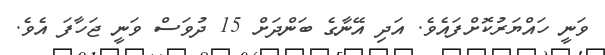
ވަނީ ހައްޔަރުކޮށްފައެވެ. އަދި އޭނާގެ ބަންދަށް 15 ދުވަސް ވަނީ ޖަހާފަ އެވެ.